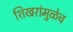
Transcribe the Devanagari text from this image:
शिखरांमुळेच